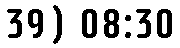
39) 08:30